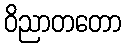
ဝိညာတတော